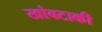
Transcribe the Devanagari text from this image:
खांबटाकी